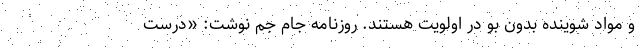
و مواد شوینده بدون‌ بو در اولویت هستند. روزنامه جام جم نوشت: «درست